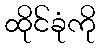
ထိုင်ခုံကို